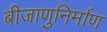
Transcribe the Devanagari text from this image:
बीजाणुनिर्माण